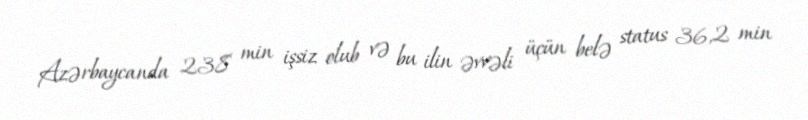
Azərbaycanda 238 min işsiz olub və bu ilin əvvəli üçün belə status 36,2 min